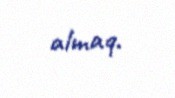
almaq.